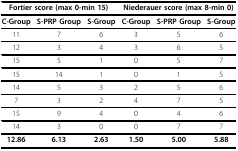
<table><thead><tr><td colspan="3"><b>Fortier score (max 0-min 15)</b></td><td colspan="3"><b>Niederauer score (max 8-min 0)</b></td></tr></thead><tbody><tr><td><b>C-Group</b></td><td><b>S-PRP Group</b></td><td><b>S-Group</b></td><td><b>C-Group</b></td><td><b>S-PRP Group</b></td><td><b>S-Group</b></td></tr><tr><td>11</td><td>7</td><td>6</td><td>3</td><td>5</td><td>6</td></tr><tr><td>12</td><td>3</td><td>4</td><td>3</td><td>6</td><td>5</td></tr><tr><td>15</td><td>5</td><td>1</td><td>0</td><td>5</td><td>7</td></tr><tr><td>15</td><td>14</td><td>1</td><td>0</td><td>1</td><td>5</td></tr><tr><td>14</td><td>5</td><td>3</td><td>2</td><td>5</td><td>6</td></tr><tr><td>7</td><td>3</td><td>2</td><td>4</td><td>7</td><td>5</td></tr><tr><td>15</td><td>9</td><td>4</td><td>0</td><td>4</td><td>6</td></tr><tr><td>14</td><td>3</td><td>0</td><td>0</td><td>7</td><td>7</td></tr><tr><td><b>12.86</b></td><td><b>6.13</b></td><td><b>2.63</b></td><td><b>1.50</b></td><td><b>5.00</b></td><td><b>5.88</b></td></tr></tbody></table>